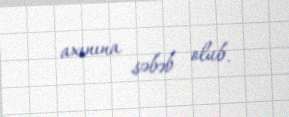
axınına səbəb olub.